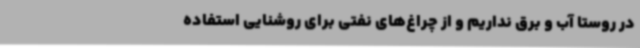
در روستا آب و برق نداریم و از چراغ‌های نفتی برای روشنایی استفاده